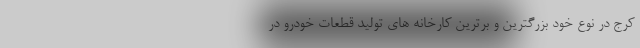
کرج در نوع خود بزرگترین و برترین کارخانه های تولید قطعات خودرو در